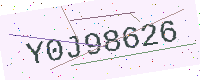
Text: Y0J98626